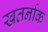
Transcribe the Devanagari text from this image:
खतर्नाक